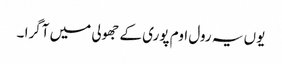
یوں یہ رول اوم پوری کے جھولی میں آگرا ۔